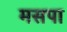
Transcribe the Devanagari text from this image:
मसपा